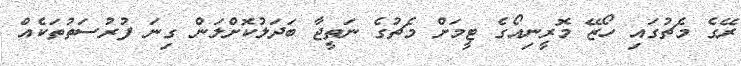
ރޭގެ މެޗުގައި ހޯޒޭ މޮރީނިއޯގެ ޓީމަށް މެޗުގެ ނަތީޖާ ބަދަލުކޮށްލަން ގިނަ ފުރުސަތުތަކެއް